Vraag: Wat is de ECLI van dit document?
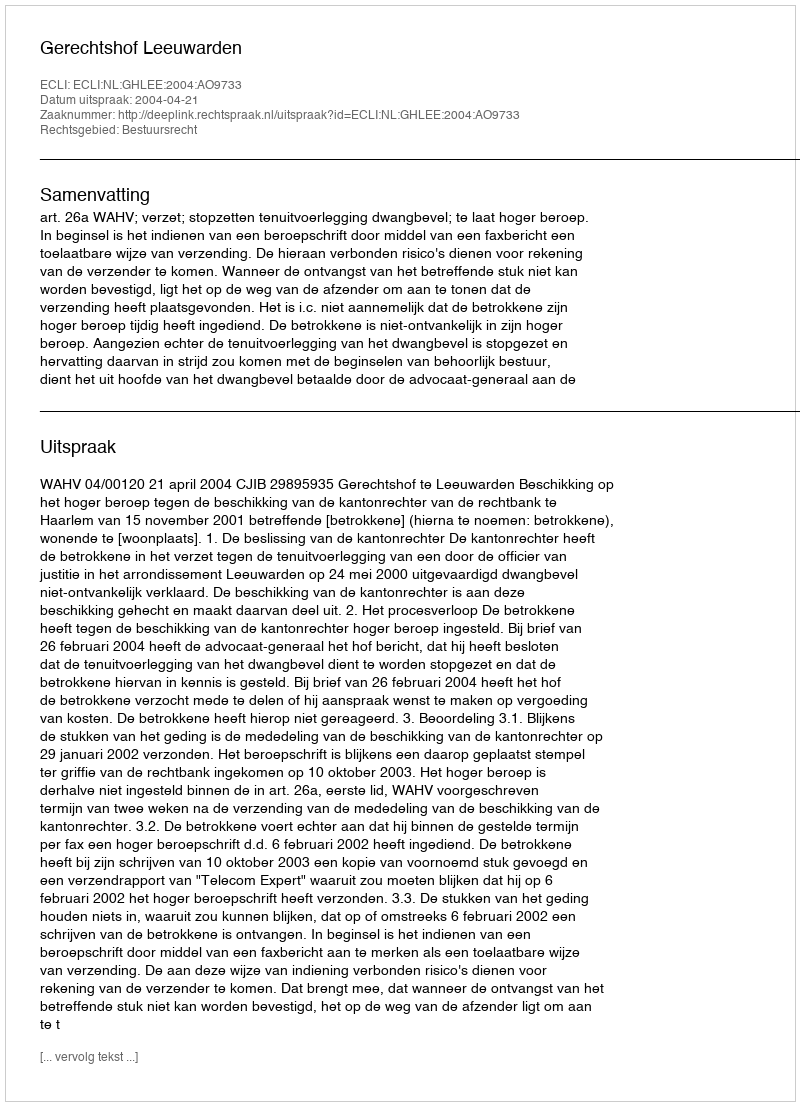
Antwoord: ECLI:NL:GHLEE:2004:AO9733